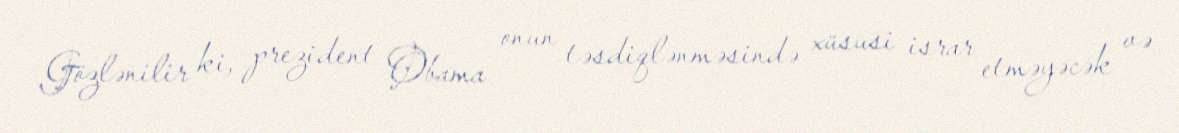
Gözlənilir ki, prezident Obama onun təsdiqlənməsində xüsusi israr etməyəcək və